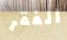
الفقر